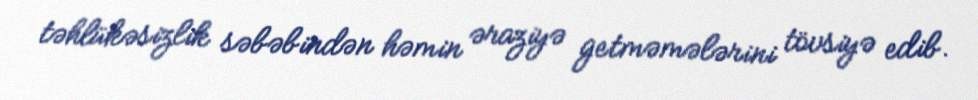
təhlükəsizlik səbəbindən həmin əraziyə getməmələrini tövsiyə edib.